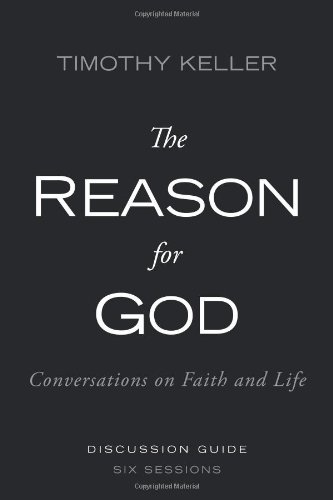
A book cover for The Reason for God Discussion Guide: Conversations on Faith and Life; Timothy Keller; Christian Books & Bibles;